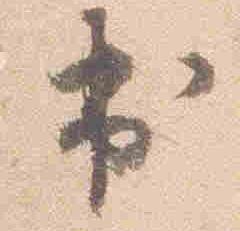
出